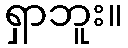
ရှာဘူး။